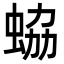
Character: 蛠